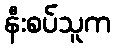
နီးစပ်သူက